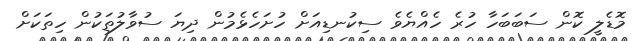
މޮޑެލީ ކޮން ސަބަބަހާ ހުރެ ހެއްޔެވެ ސިކުނޑިއަށް ހުށަހެޅެމުން ދިޔަ ސުވާލުތަކުން ހިތަކަށް